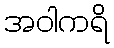
အဝါကရိ